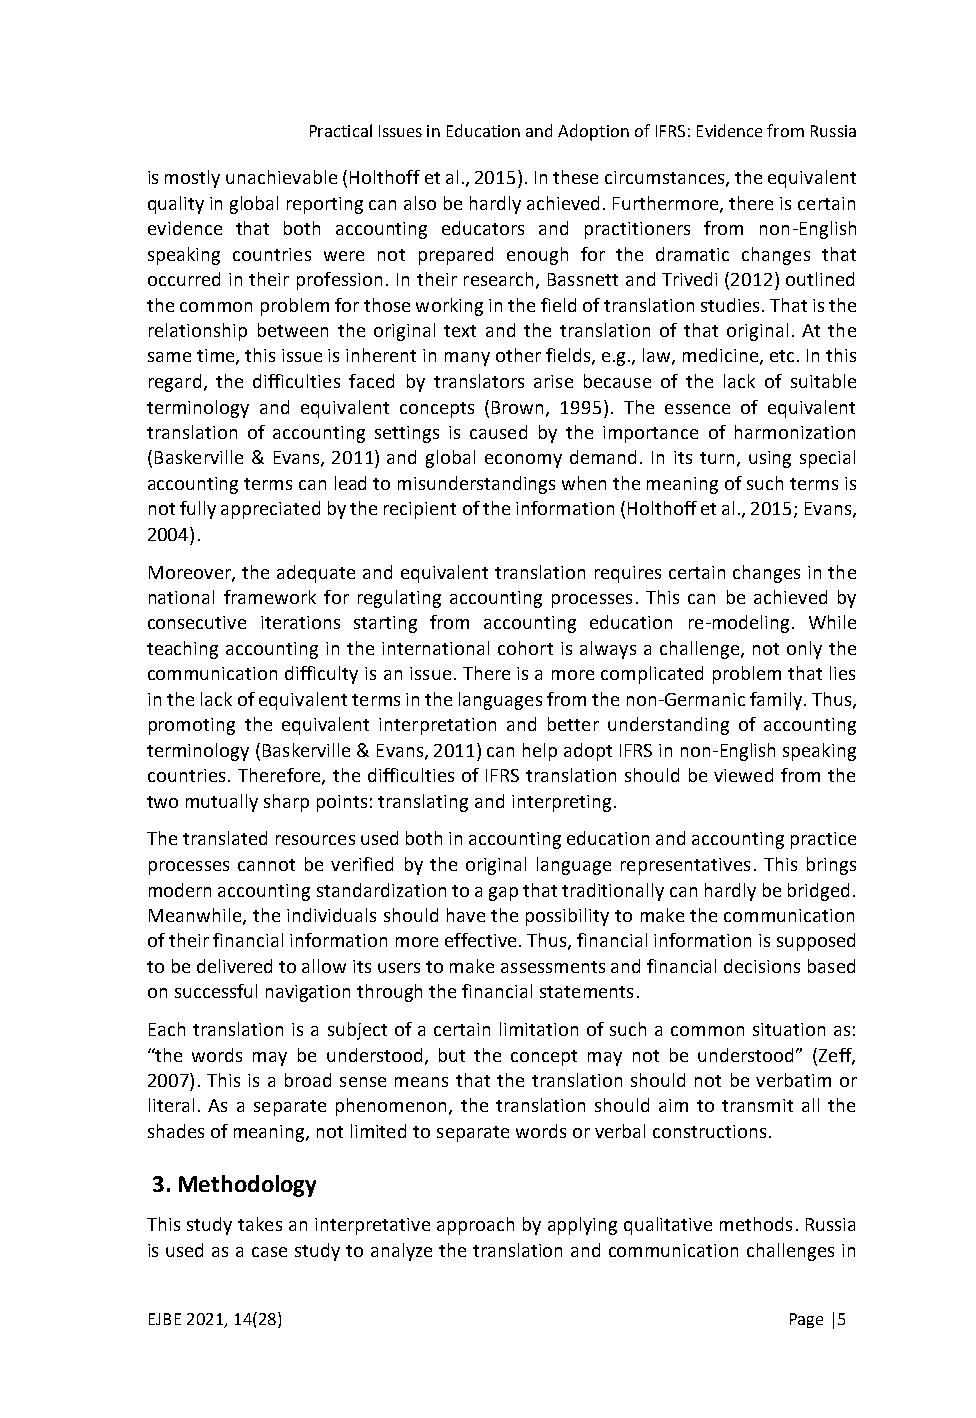
Practical Issues in Education and Adoption of IFRS: Evidence from Russia
 is mostly unachievable (Holthoff et al., 2015). In these circumstances, the equivalent
 quality in global reporting can also be hardly achieved. Furthermore, there is certain
 evidence that both accounting educators and practitioners from non-English
 speaking countries were not prepared enough for the dramatic changes that
 occurred in their profession. In their research, Bassnett and Trivedi (2012) outlined
 the common problem for those working in the field of translation studies. That is the
 relationship between the original text and the translation of that original. At the
 same time, this issue is inherent in many other fields, e.g., law, medicine, etc. In this
 regard, the difficulties faced by translators arise because of the lack of suitable
 terminology and equivalent concepts (Brown, 1995). The essence of equivalent
 translation of accounting settings is caused by the importance of harmonization
 (Baskerville & Evans, 2011) and global economy demand. In its turn, using special
 accounting terms can lead to misunderstandings when the meaning of such terms is
 not fully appreciated by the recipient of the information (Holthoff et al., 2015; Evans,
 2004).
 Moreover, the adequate and equivalent translation requires certain changes in the
 national framework for regulating accounting processes. This can be achieved by
 consecutive iterations starting from accounting education re-modeling. While
 teaching accounting in the international cohort is always a challenge, not only the
 communication difficulty is an issue. There is a more complicated problem that lies
 in the lack of equivalent terms in the languages from the non-Germanic family. Thus,
 promoting the equivalent interpretation and better understanding of accounting
 terminology (Baskerville & Evans, 2011) can help adopt IFRS in non-English speaking
 countries. Therefore, the difficulties of IFRS translation should be viewed from the
 two mutually sharp points: translating and interpreting.
 The translated resources used both in accounting education and accounting practice
 processes cannot be verified by the original language representatives. This brings
 modern accounting standardization to a gap that traditionally can hardly be bridged.
 Meanwhile, the individuals should have the possibility to make the communication
 of their financial information more effective. Thus, financial information is supposed
 to be delivered to allow its users to make assessments and financial decisions based
 on successful navigation through the financial statements.
 Each translation is a subject of a certain limitation of such a common situation as:
 “the words may be understood, but the concept may not be understood” (Zeff,
 2007). This is a broad sense means that the translation should not be verbatim or
 literal. As a separate phenomenon, the translation should aim to transmit all the
 shades of meaning, not limited to separate words or verbal constructions.
 3. Methodology
 This study takes an interpretative approach by applying qualitative methods. Russia
 is used as a case study to analyze the translation and communication challenges in
 EJBE 2021, 14(28)                         Page |5